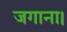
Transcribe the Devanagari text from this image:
जगाना।